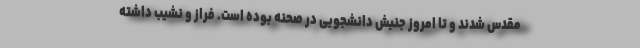
مقدس شدند و تا امروز جنبش دانشجویی در صحنه بوده است. فراز و نشیب داشته